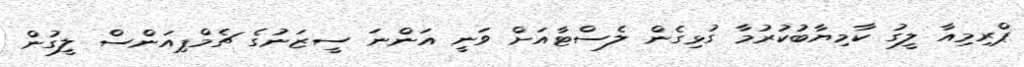
ޕްރިމިއާ ލީގު ކާމިޔާބުކުރުމާ ގުޅިގެން ލެސްޓާއަށް ވަނީ އަންނަ ސީޒަނުގެ ޗެމްޕިއަންސް ލީގުން